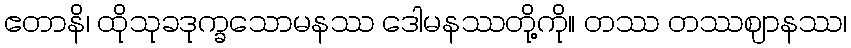
ဧတာနိ၊ ထိုသုခဒုက္ခသောမနဿ ဒေါမနဿတို့ကို။ တဿ တဿဈာနဿ၊